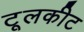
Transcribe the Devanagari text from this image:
टूलकीट